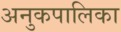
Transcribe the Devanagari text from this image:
अनुकपालिका